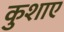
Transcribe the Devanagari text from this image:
कुशाए